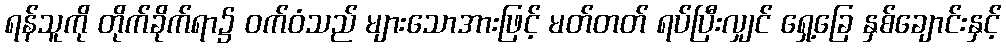
ရန်သူကို တိုက်ခိုက်ရာ၌ ဝက်ဝံသည် များသောအားဖြင့် မတ်တတ် ရပ်ပြီးလျှင် ရှေ့ခြေ နှစ်ချောင်းနှင့်